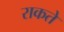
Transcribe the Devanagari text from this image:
राकते